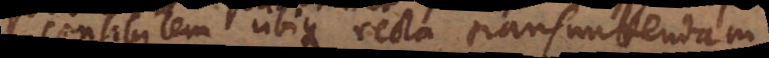
sensibilem ubique recta transmittendam